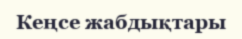
Кеңсе жабдықтары